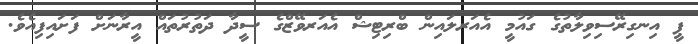
ޕީ އިނގިރޭސިވިލާތުގެ ގައުމީ އެއަރލައިން ބްރިޓިޝް އެއަރވޭޒްގެ ސީދާ ދަތުރުތައް އީރާނަށް ފަށައިފިއެވެ.